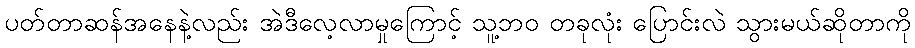
ပတ်တာဆန်အနေနဲ့လည်း အဲဒီလေ့လာမှုကြောင့် သူ့ဘဝ တခုလုံး ပြောင်းလဲ သွားမယ်ဆိုတာကို